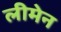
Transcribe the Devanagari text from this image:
लीमेन